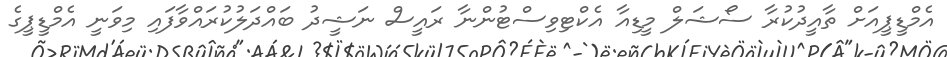
އެމްޑީޕީއަށް ތާއީދުކުރާ ސޯޝަލް މީޑިއާ އެކްޓިވިސްޓުންނާ ރައީސް ނަޝީދު ބައްދަލުކުރައްވާފައި މިވަނީ އެމްޑީޕީގެ